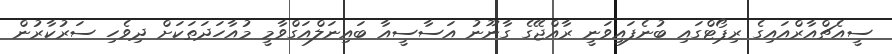
ސީއެޗްއާރްއައިގެ ރިޕޯޓްގައި ބުނެފައިވަނީ ރާއްޖޭގެ ގާނޫނު އަސާސީއާ ބައިނަލްއަގްވާމީ މުއާހަދަތަކަށް ދިވެހި ސަރުކާރުން